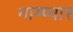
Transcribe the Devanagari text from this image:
नाम्प्यार